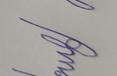
Signature authenticity: forged